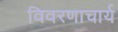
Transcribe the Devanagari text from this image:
विवरणाचार्य